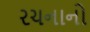
રચનાનો